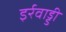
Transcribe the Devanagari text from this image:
इर्रवाड्डी